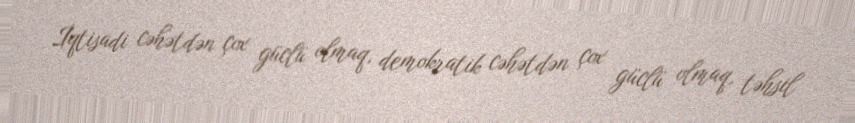
İqtisadi cəhətdən çox güclü olmaq, demokratik cəhətdən çox güclü olmaq, təhsil